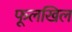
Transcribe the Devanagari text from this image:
फूलखिल